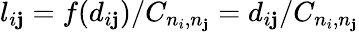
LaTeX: l_{i\mathbf{j}}=f(d_{i\mathbf{j}})/C_{n_{i},n_{\mathbf{j}}}=d_{i\mathbf{j}}/C_{n_{i},n_{\mathbf{j}}}